Annual report on the Civil Veterinary Department, Burma (including the Insein Veterinary School) - 1923-1931
Year: 1923
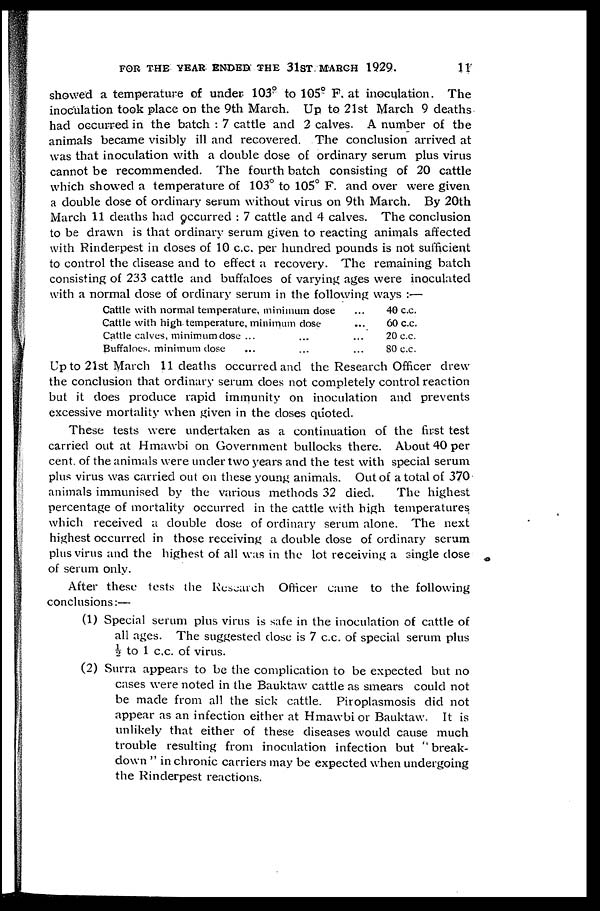
FOR THE YEAR ENDED THE 31ST MARCH 1929.
11
showed a temperature of under 103° to 105° F. at inoculation. The
inoculation took place on the 9th March. Up to 21st March 9 deaths
had occurred in the batch : 7 cattle and 2 calves. A number of the
animals became visibly ill and recovered. The conclusion arrived at
was that inoculation with a double dose of ordinary serum plus virus
cannot be recommended. The fourth batch consisting of 20 cattle
which showed a temperature of 103° to 105° F. and over were given
a double dose of ordinary serum without virus on 9th March. By 20th
March 11 deaths had occurred : 7 cattle and 4 calves. The conclusion
to be drawn is that ordinary serum given to reacting animals affected
with Rinderpest in doses of 10 c.c. per hundred pounds is not sufficient
to control the disease and to effect a recovery. The remaining batch
consisting of 233 cattle and buffaloes of varying ages were inoculated
with a normal dose of ordinary serum in the following ways :—
Cattle with normal temperature, minimum dose ...
Cattle with high temperature, minimum close- ...
Cattle calves, minimum dose ... ... ...
Buffaloes, minimum dose ... ... ...
40 c.c.
60 c.c.
20 c.c.
80 c.c.
Up to 21st March 11 deaths occurred and the Research Officer drew
the conclusion that ordinary serum does not completely control reaction
but it does produce rapid immunity on inoculation and prevents
excessive mortality when given in the doses quoted.
These tests were undertaken as a continuation of the first test
carried out at Hmawbi on Government bullocks there. About 40 per
cent. of the animals were under two years and the test with special serum
plus virus was carried out on these young animals. Out of a total of 370
animals immunised by the various methods 32 died.
The highest
percentage of mortality occurred in the cattle with high temperatures
which received a double dose of ordinary serum alone. The next
highest occurred in those receiving a double dose of ordinary serum
plus virus and the highest of all was in the lot receiving a single dose
of serum only.
After these tests the Research Officer came to the following
conclusions:—
(1) Special serum plus virus is safe in the inoculation of cattle of
all ages. The suggested dose is 7 c.c. of special serum plus
½ to 1 c.c. of virus.
(2) Surra appears to be the complication to be expected but no
cases were noted in the Bauktaw cattle as smears could not
be made from all the sick cattle. Piroplasmosis did not
appear as an infection either at Hmawbi or Bauktaw. It is
unlikely that either of these diseases would cause much
trouble resulting from inoculation infection but "break-
down " in chronic carriers may be expected when undergoing
the Rinderpest reactions.